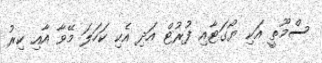
ސްމޫތީ އަކި ޔޯގަޓާއި ފުރުޓް އަދި އެކި ކަހަލަ މޭވާ އާއި ކިރު